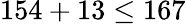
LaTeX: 154+13\leq 167